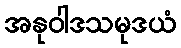
အနုဝါဒသမုဒယံ